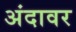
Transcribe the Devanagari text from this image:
अंदावर